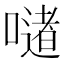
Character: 𪢆